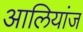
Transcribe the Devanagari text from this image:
आलियांज